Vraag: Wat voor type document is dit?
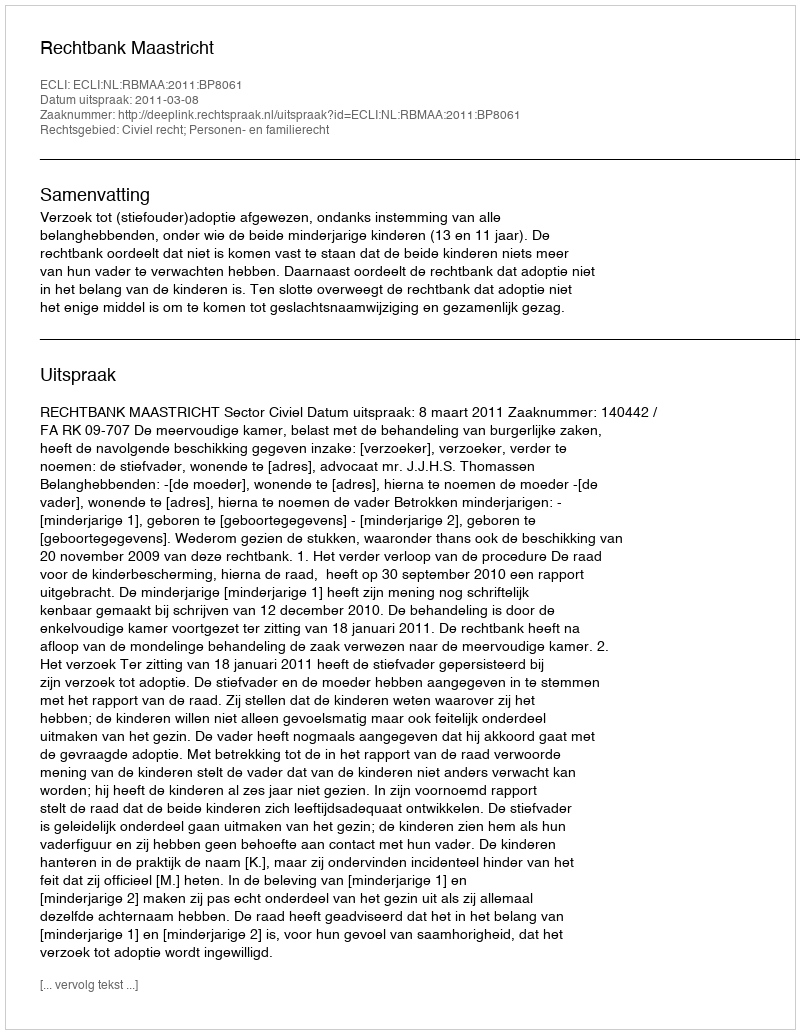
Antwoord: Uitspraak